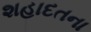
શહાદતના